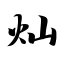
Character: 灿